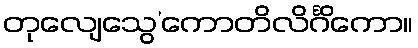
တုလျေသွေ’ကောတိလိင်္ဂိကော။